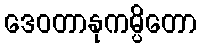
ဒေဝတာနုကမ္ပိတော